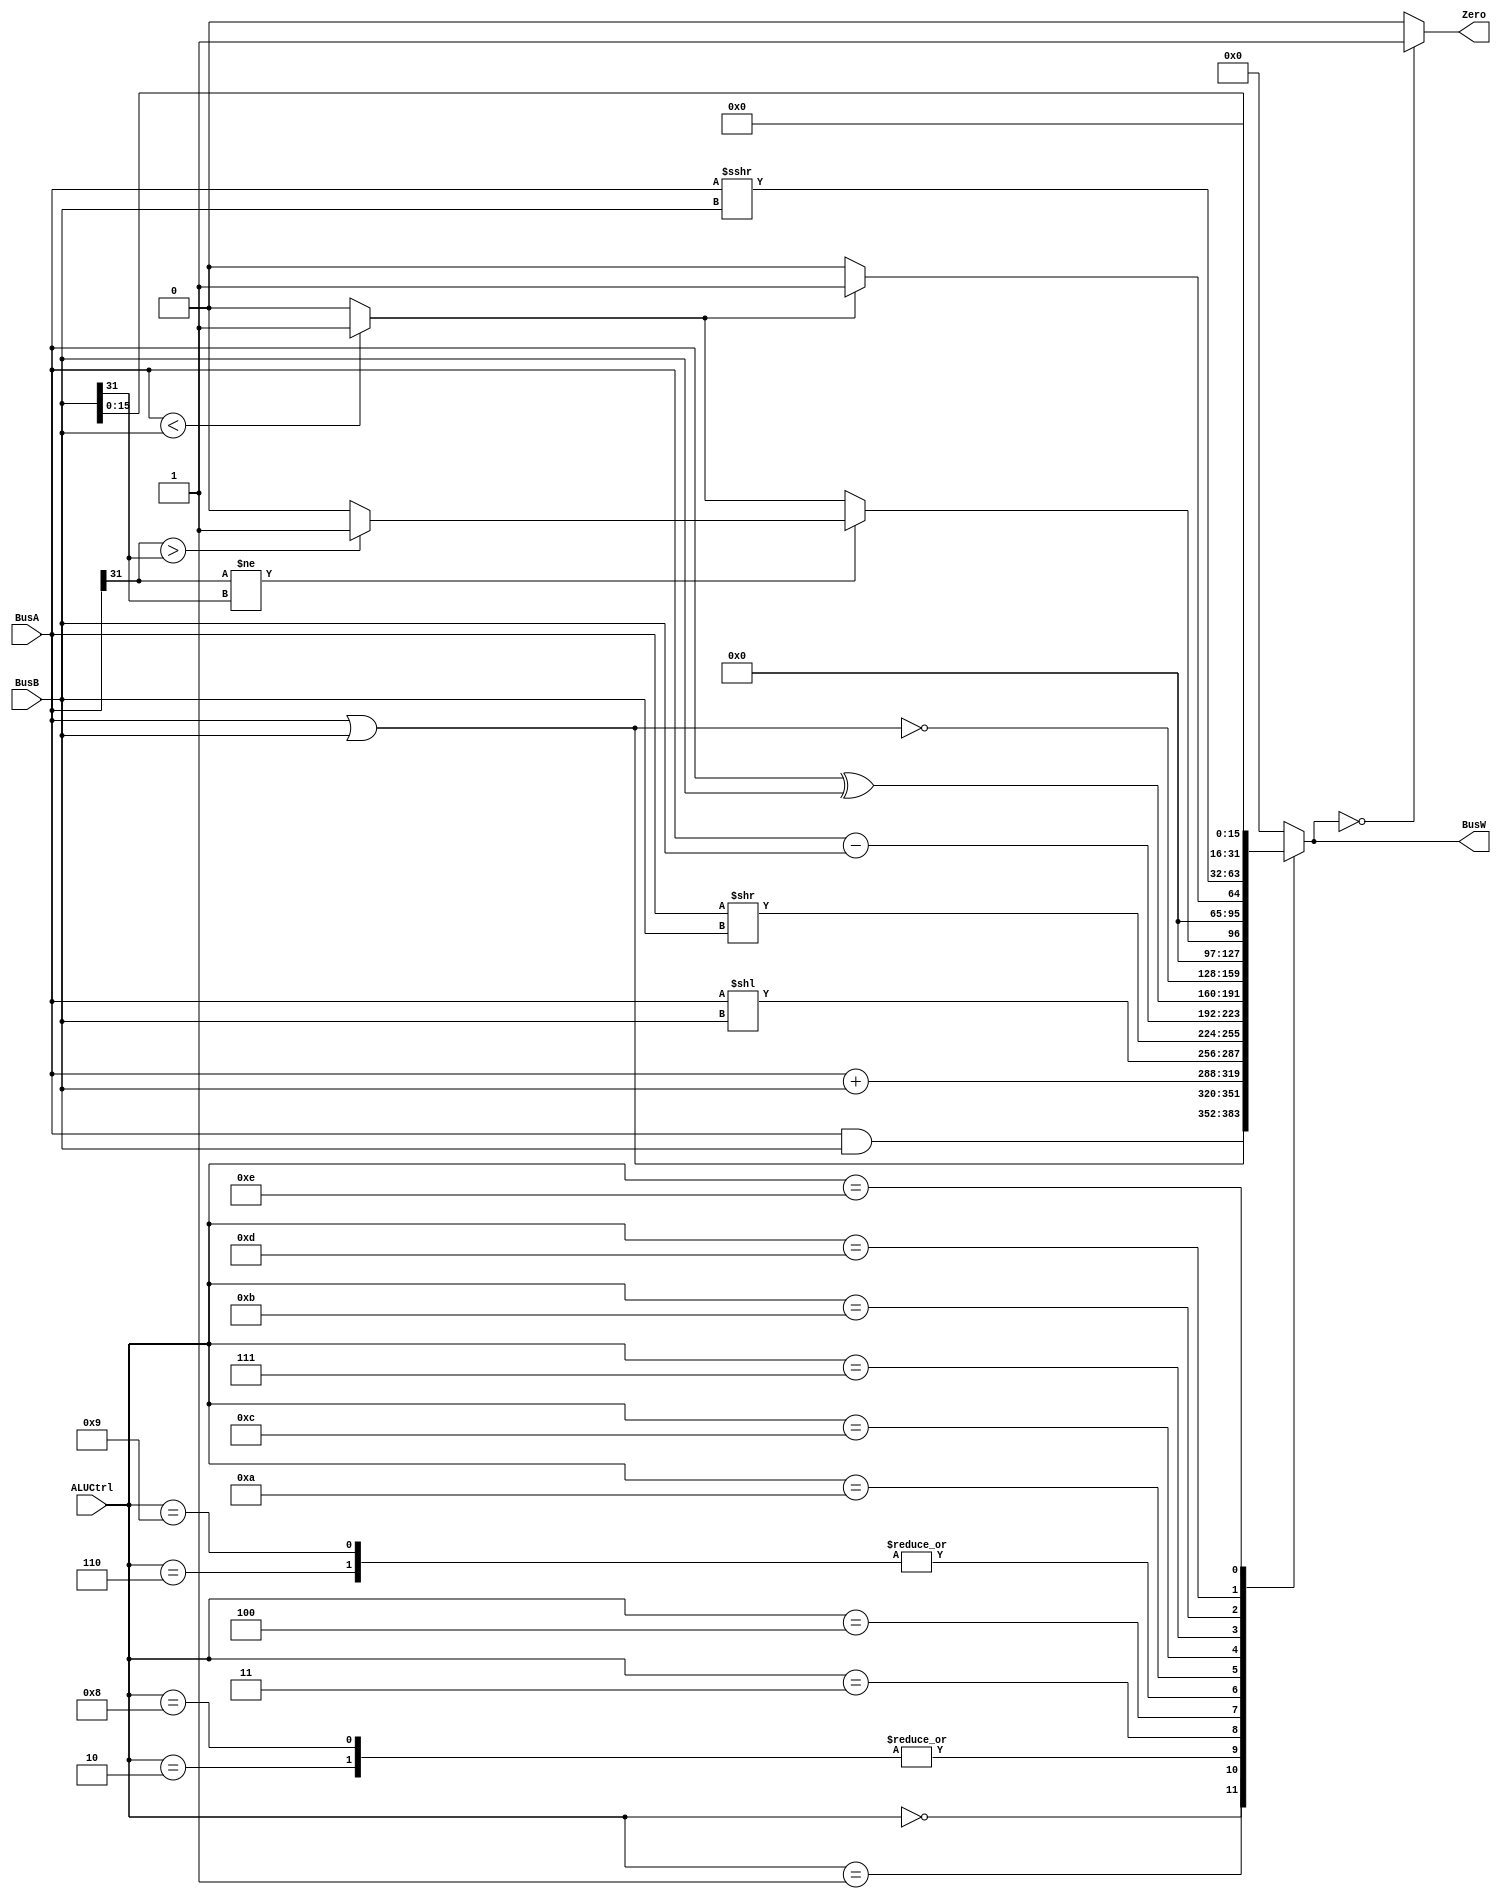
`timescale 1ns / 1ps



`define AND 4'b0000
`define OR 4'b0001
`define ADD 4'b0010
`define SLL 4'b0011
`define SRL 4'b0100
`define SUB 4'b0110
`define SLT 4'b0111
`define ADDU 4'b1000
`define SUBU 4'b1001
`define XOR 4'b1010
`define SLTU 4'b1011
`define NOR 4'b1100
`define SRA 4'b1101
`define LUI 4'b1110

module ALU(BusW, Zero, BusA, BusB, ALUCtrl);

input wire [31:0] BusA, BusB;
output reg [31:0] BusW;
input wire [3:0] ALUCtrl ;
output wire Zero ;

wire less;
wire [63:0] Bus64;
assign less = ({1'b0,BusA} < {1'b0,BusB}  ? 1'b1 : 1'b0); //checks which value is greater.

assign Zero = ((BusW==0)  ? 1'b1 : 1'b0); //checks which value is greater. 
//assign Bus64 = 


always@(*)begin	
	
	case (ALUCtrl)
	`AND: BusW <= (BusA & BusB); //logic as per operation 
	 
	`OR:  BusW <= (BusA | BusB);
	      	       
	`ADD: BusW <= BusA + BusB;
	      
	`ADDU:BusW <= BusA + BusB;
                 
	`SLL: BusW <= BusA<<BusB;
	        
	`SRL: BusW <= BusA>>BusB;
	        
	`SUB: BusW <= BusA-BusB;
	`SUBU:BusW <= BusA-BusB;   
	
	`XOR:BusW <= BusA^BusB;
	`NOR:BusW <= ~(BusA|BusB);
            
	`SLT:   begin
                if (BusA[31] != BusB[31]) begin
                          if (BusA[31] > BusB[31]) begin
                                        BusW <= 32'd1;
                                    end 
                          else begin
                                        BusW <= 0;
                                    end
                     end 
               else begin
                       if (BusA < BusB)
                            begin
                                BusW <= 32'd1;
                            end
                        else
                            begin
                                BusW <= 0;
                            end
                end
                /*BusW = ((BusA && 32'h7fffffff) < (BusB && 32'h7fffffff)) ? 32'd1 :32'd0;*/
            end
            
	`SLTU:  begin
               if (less==1)
               BusW <= 32'd1;
               else
               BusW <= 32'd0;
              
            end
             
	`SRA: BusW <=   $signed(BusA)>>>(BusB);//in built operator 
          
            
	`LUI: BusW <= {BusB[15:0],16'd0};
	 
	default:BusW <= 32'd0;
	endcase
end





endmodule